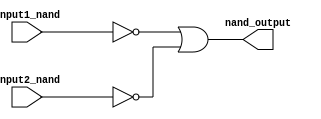
module my_nand(nand_output, input1_nand, input2_nand);
output nand_output;
input input1_nand, input2_nand;
wire wire1nand, wire2nand;

not(wire1nand, input1_nand);
not(wire2nand, input2_nand);
or(nand_output, wire1nand, wire2nand);

endmodule